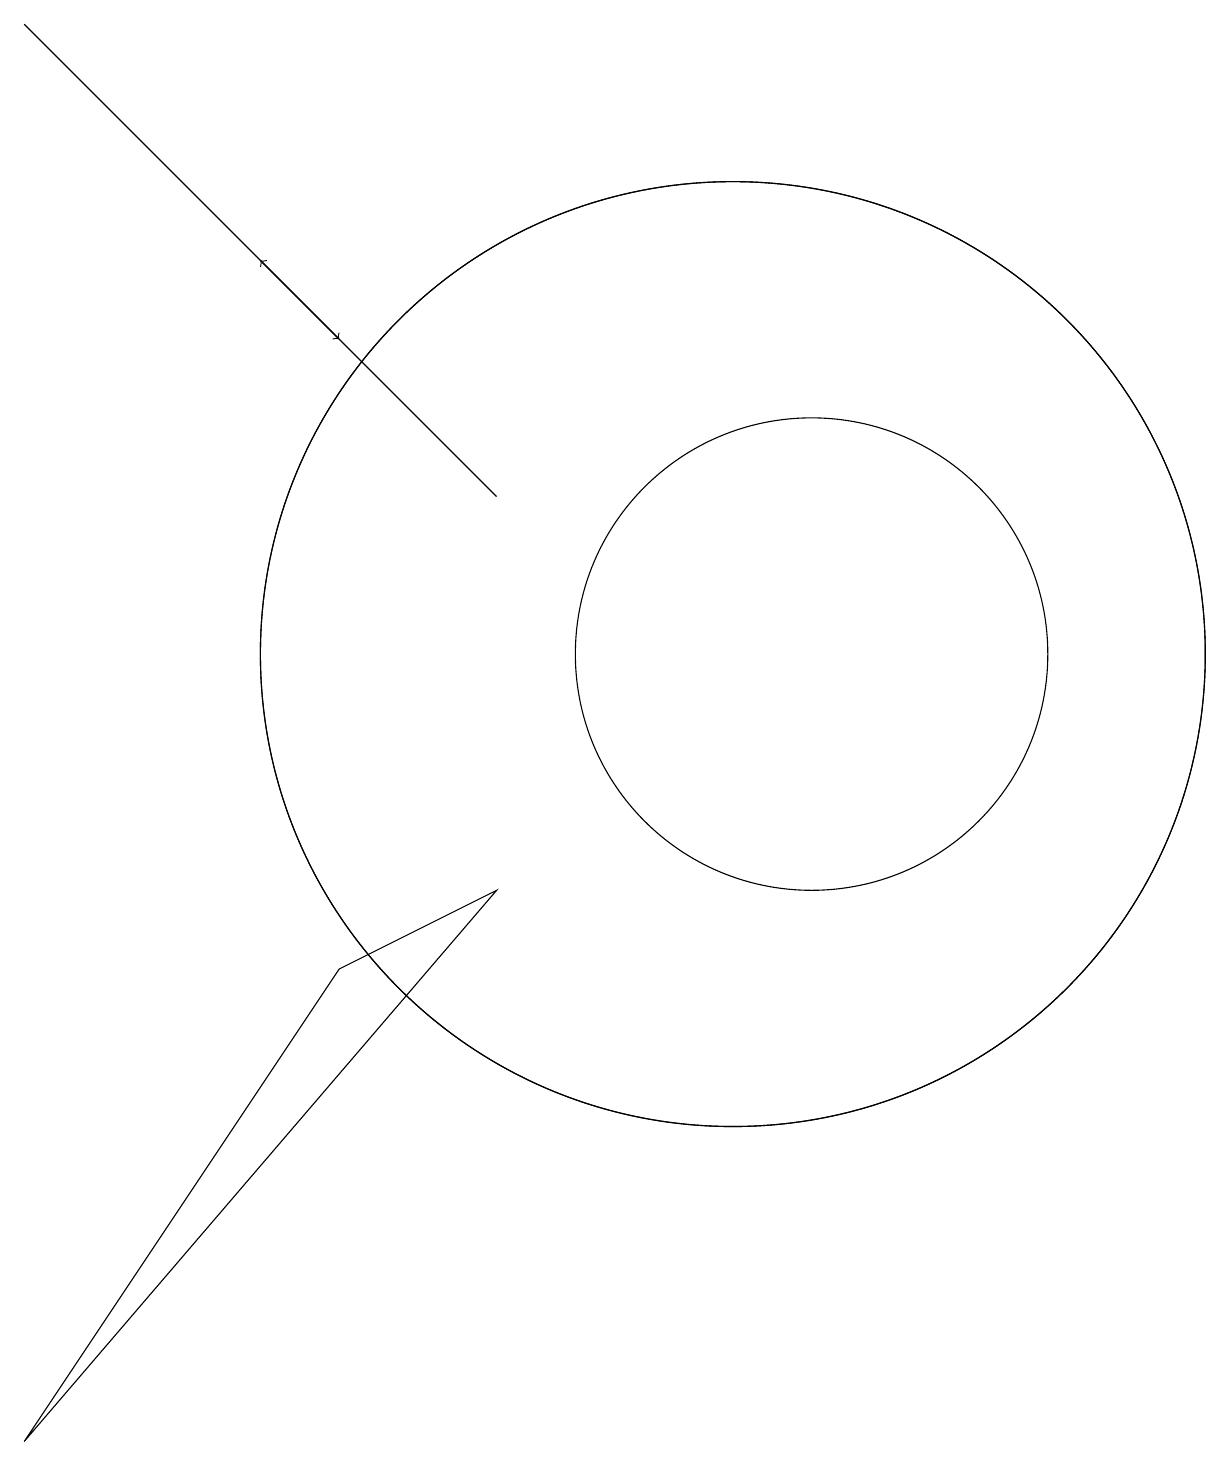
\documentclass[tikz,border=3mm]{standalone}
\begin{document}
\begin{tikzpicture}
\draw (6,6) -- (2,0) -- (8,7) -- cycle;
\draw (12,10) circle (3);
\draw (11,10) circle (6);
\draw[->] (2,18) -- (6,14);
\draw (11,10) circle (6);
\draw[->] (8,12) -- (5,15);
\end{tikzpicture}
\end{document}